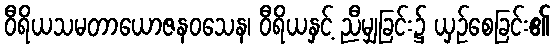
ဝီရိယသမတာယောဇနဝသေန၊ ဝီရိယနှင့် ညီမျှခြင်း၌ ယှဉ်စေခြင်း၏